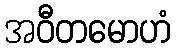
အဝီတမောဟံ